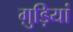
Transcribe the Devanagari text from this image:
ग़ुड़ियां